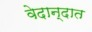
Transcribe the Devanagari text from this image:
वेदान्दात